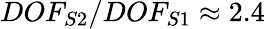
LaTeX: DOF_{S2}/DOF_{S1}\approx 2.4